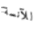
للآنسة